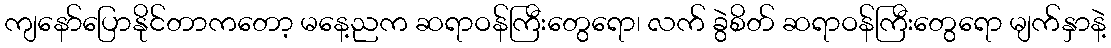
ကျနော်ပြောနိုင်တာကတော့ မနေ့ညက ဆရာဝန်ကြီးတွေရော၊ လက် ခွဲစိတ် ဆရာဝန်ကြီးတွေရော မျက်နှာနဲ့